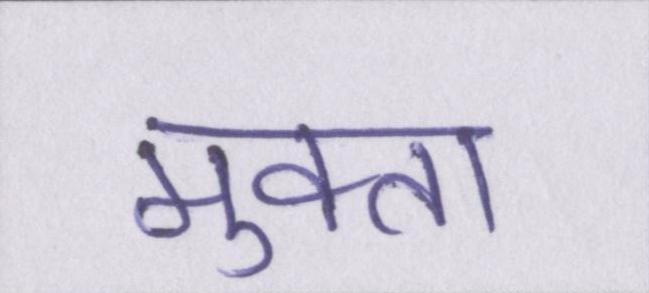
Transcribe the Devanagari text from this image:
मुक्ता